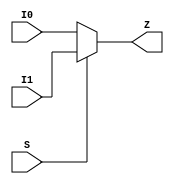
module MUX2HDD2 (
  I0
 ,I1
 ,S
 ,Z
 );
input I0 ;
input I1 ;
input S ;
output Z ;
assign Z = S ? I1 : I0;
endmodule